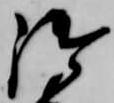
御